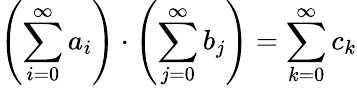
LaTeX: \left(\sum_{i=0}^{\infty}a_{i}\right)\cdot\left(\sum_{j=0}^{\infty}b_{j}\right)=\sum_{k=0}^{\infty}c_{k}